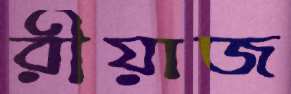
রীয়াজ